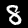
Label: 8